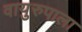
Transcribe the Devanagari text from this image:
वायुरुपाला